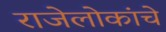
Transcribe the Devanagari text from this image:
राजेलोकांचे